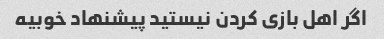
اگر اهل بازی کردن نیستید پیشنهاد خوبیه